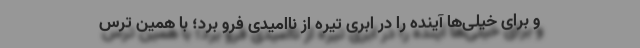
و برای خیلی‌ها آینده را در ابری تیره از ناامیدی فرو برد؛ با همین ترسِ